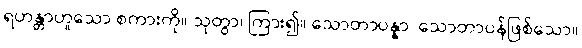
ရဟန္တာဟူသော စကားကို။ သုတွာ၊ ကြား၍။ သောတာပန္နာ၊ သောတာပန်ဖြစ်သော။